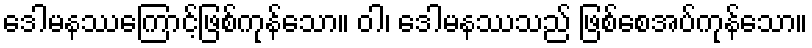
ဒေါမနဿကြောင့်ဖြစ်ကုန်သော။ ဝါ၊ ဒေါမနဿသည် ဖြစ်စေအပ်ကုန်သော။